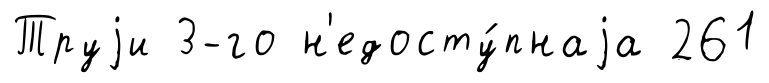
Труjи 3-го н'едосту́пнаjа 261